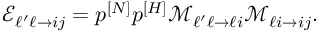
\mathcal { E } _ { \ell ^ { \prime } \ell \rightarrow i j } = p ^ { [ N ] } p ^ { [ H ] } \mathcal { M } _ { \ell ^ { \prime } \ell \rightarrow \ell i } \mathcal { M } _ { \ell i \rightarrow i j } .